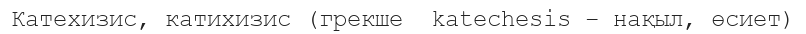
Катехизис, катихизис (грекше  katechesіs – нақыл, өсиет)